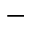
-